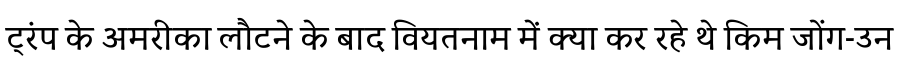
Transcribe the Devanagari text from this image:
ट्रंप के अमरीका लौटने के बाद वियतनाम में क्या कर रहे थे किम जोंग-उन